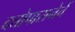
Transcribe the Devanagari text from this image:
दत्तोपासनेचें